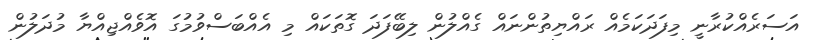
އަސަރެއްކުރާނީ މިފަދަކަމެއް ރައްޔިތުންނައް ގެއްލުން ލިބޭފަދަ ގޮތަކައް މި އެއްބަސްވުމުގަ އޮވެއްޖިއްޔާ މުދަލުން